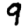
Digit: 9